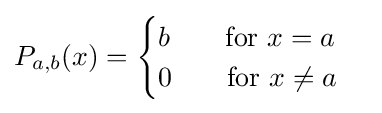
P_{a,b}(x)={\begin{cases}b\qquad {\text{for }}x=a\\0\qquad {\text{for }}x\neq a\end{cases}}